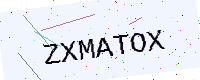
Text: ZXMATOX